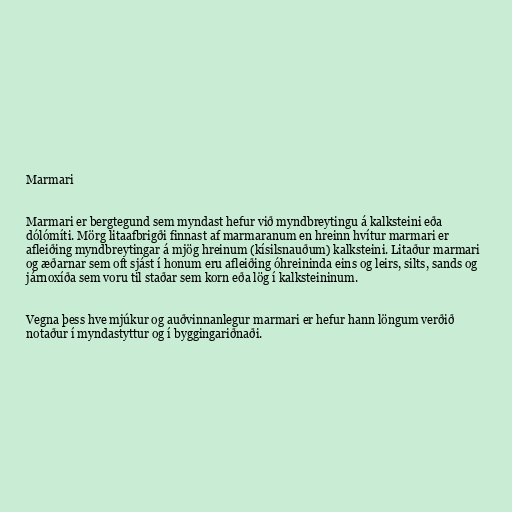
Marmari

Marmari er bergtegund sem myndast hefur við myndbreytingu á kalksteini eða
dólómíti. Mörg litaafbrigði finnast af marmaranum en hreinn hvítur marmari er
afleiðing myndbreytingar á mjög hreinum (kísilsnauðum) kalksteini. Litaður marmari
og æðarnar sem oft sjást í honum eru afleiðing óhreininda eins og leirs, silts, sands og
járnoxíða sem voru til staðar sem korn eða lög í kalksteininum.

Vegna þess hve mjúkur og auðvinnanlegur marmari er hefur hann löngum verðið
notaður í myndastyttur og í byggingariðnaði.